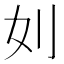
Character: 𠚰